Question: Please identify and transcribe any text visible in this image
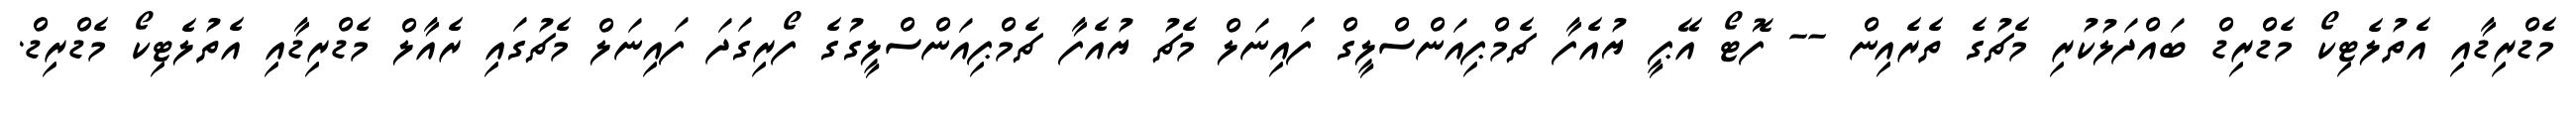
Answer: މެޑްރިޑާއި އެތުލެޓިކޯ މެޑްރިޑް ބައްދަލުކުރި މެޗުގެ ތެރެއިން -- ފޮޓޯ އޭޕީ ޔުއެފާ ޗެމްޕިއަންސްލީގް ފައިނަލް މެޗު ޔުއެފާ ޗެމްޕިއަންސްލީގުގެ ފޯރިގަދަ ފައިނަލް މެޗުގައި ރެއާލް މެޑްރިޑާއި އެތުލެޓިކޯ މެޑްރިޑް.